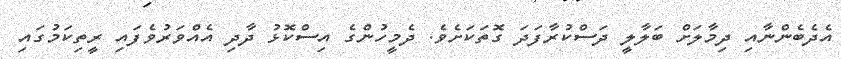
އެދެބެންނާއި ދިމާލަށް ބަލާލީ ދަސްކުރާފަދަ ގޮތަކަށެވެ. ދެމީހުންގެ އިސްކޮޅު ދާދި އެއްވަރުވެފައި ރީތިކަމުގައި